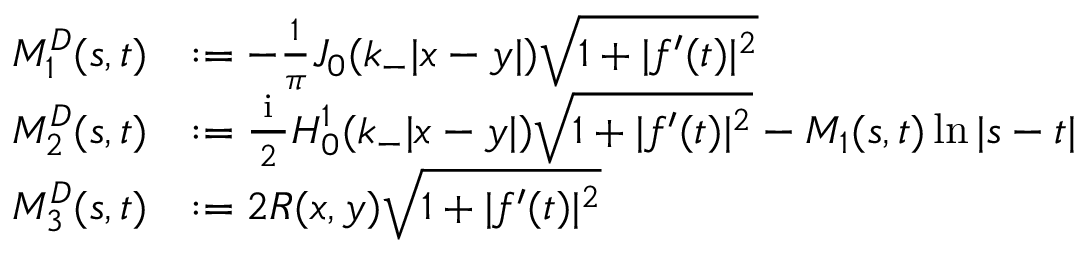
\begin{array} { r l } { M _ { 1 } ^ { D } ( s , t ) } & { : = - \frac { 1 } { \pi } J _ { 0 } ( k _ { - } | x - y | ) \sqrt { 1 + | f ^ { \prime } ( t ) | ^ { 2 } } } \\ { M _ { 2 } ^ { D } ( s , t ) } & { : = \frac { \textrm { i } } { 2 } H _ { 0 } ^ { 1 } ( k _ { - } | x - y | ) \sqrt { 1 + | f ^ { \prime } ( t ) | ^ { 2 } } - M _ { 1 } ( s , t ) \ln | s - t | } \\ { M _ { 3 } ^ { D } ( s , t ) } & { : = 2 R ( x , y ) \sqrt { 1 + | f ^ { \prime } ( t ) | ^ { 2 } } } \end{array}